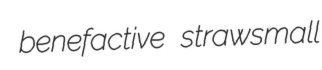
benefactive strawsmall